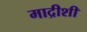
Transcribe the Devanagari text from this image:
माद्रीशी